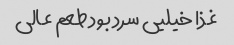
غذا خیلیی سرد بود طعم عالی